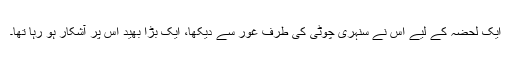
ایک لحضہ کے لیے اس نے سنہری چوٹی کی طرف غور سے دیکھا، ایک بڑا بھید اس پر آشکار ہو رہا تھا۔